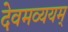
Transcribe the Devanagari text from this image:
देवमव्ययम्